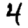
Digit: 4